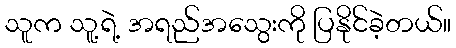
သူက သူ့ရဲ့ အရည်အသွေးကို ပြနိုင်ခဲ့တယ်။